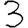
Digit: 3